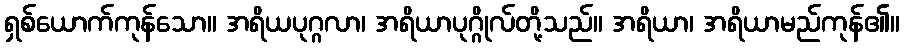
ရှစ်ယောက်ကုန်သော။ အရိယပုဂ္ဂလာ၊ အရိယာပုဂ္ဂိုလ်တို့သည်။ အရိယာ၊ အရိယာမည်ကုန်၏။